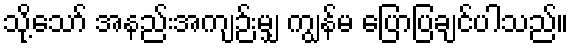
သို့သော် အနည်းအကျဉ်းမျှ ကျွန်မ ပြောပြချင်ပါသည်။